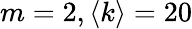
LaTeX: m=2,\langle k\rangle=20